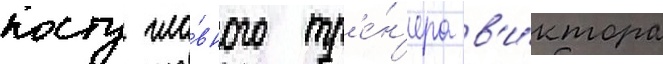
посту гла́вного тр'е́н'ера в'и́ктора